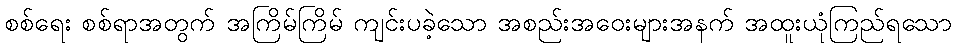
စစ်ရေး စစ်ရာအတွက် အကြိမ်ကြိမ် ကျင်းပခဲ့သော အစည်းအဝေးများအနက် အထူးယုံကြည်ရသော